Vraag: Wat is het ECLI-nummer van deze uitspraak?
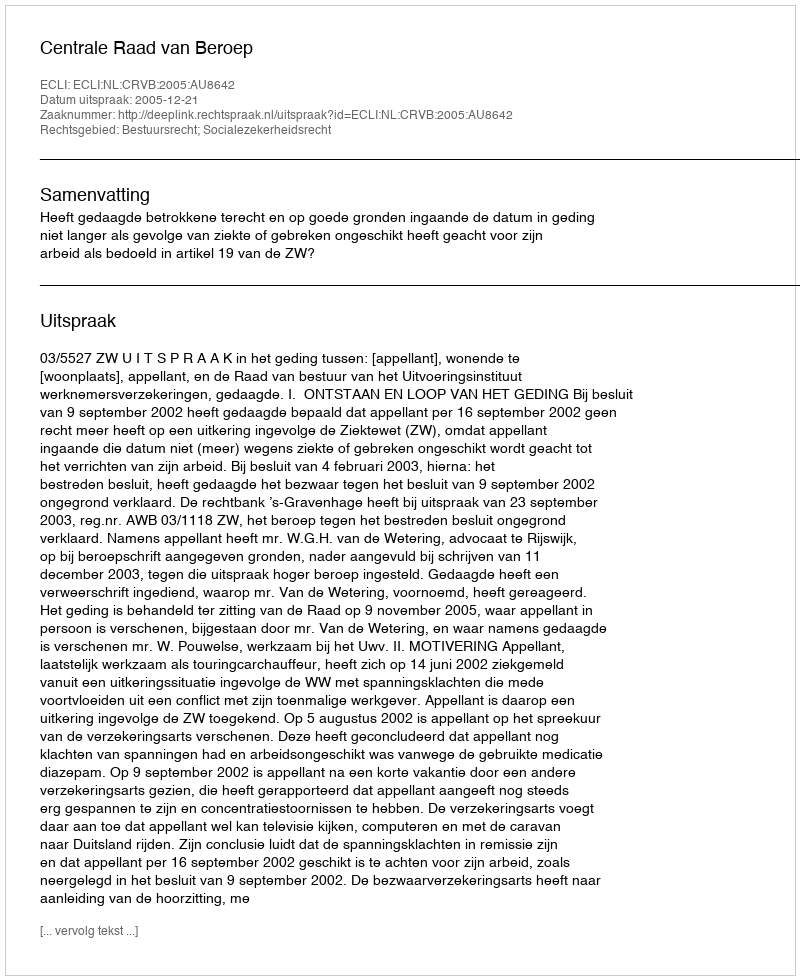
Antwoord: ECLI:NL:CRVB:2005:AU8642